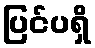
ပြင်ပရှိ